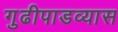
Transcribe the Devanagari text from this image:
गुढीपाडव्यास